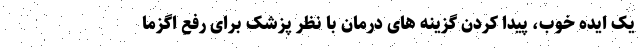
یک ایده خوب، پیدا کردن گزینه های درمان با نظر پزشک برای رفع اگزما